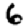
Digit: 6